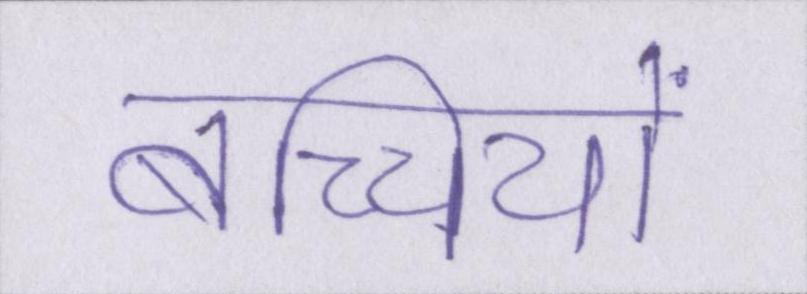
बच्चियों